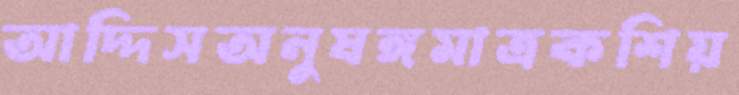
আদ্দিসঅনুষঙ্গমাত্রকশিয়